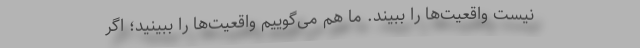
نیست واقعیت‌ها را ببیند. ما هم می‌گوییم واقعیت‌ها را ببینید؛ اگر